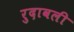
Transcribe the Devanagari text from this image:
रुदावली